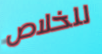
للخلاص